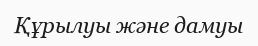
Құрылуы және дамуы